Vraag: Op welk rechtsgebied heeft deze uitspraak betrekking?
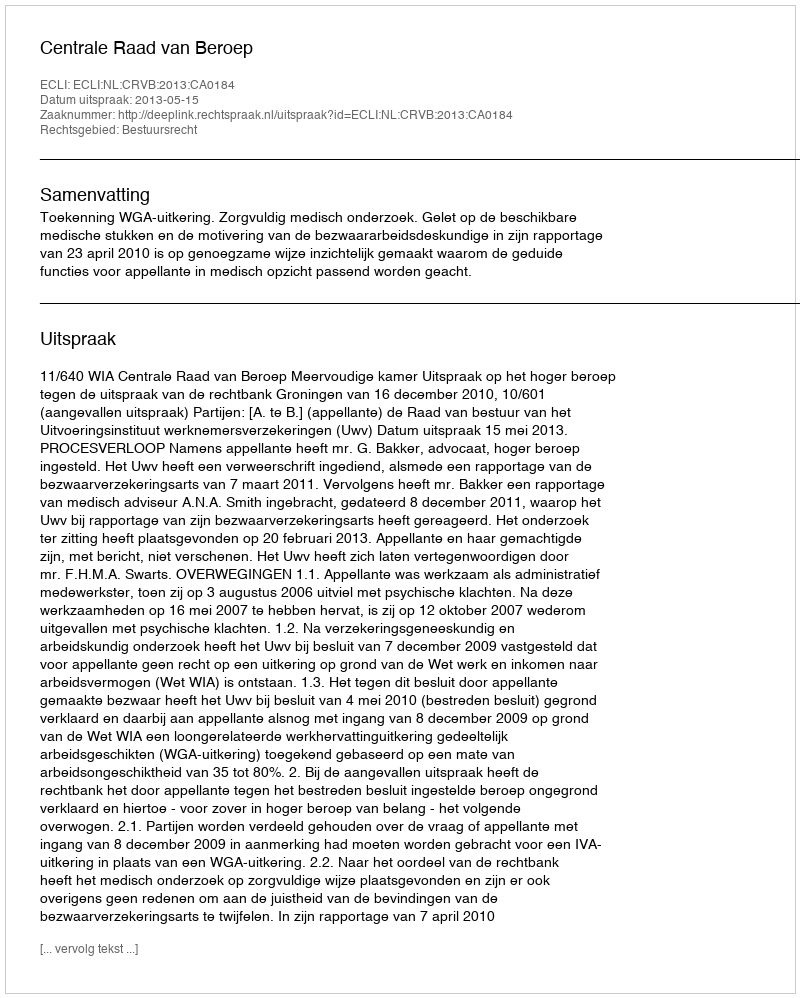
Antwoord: Bestuursrecht